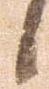
候